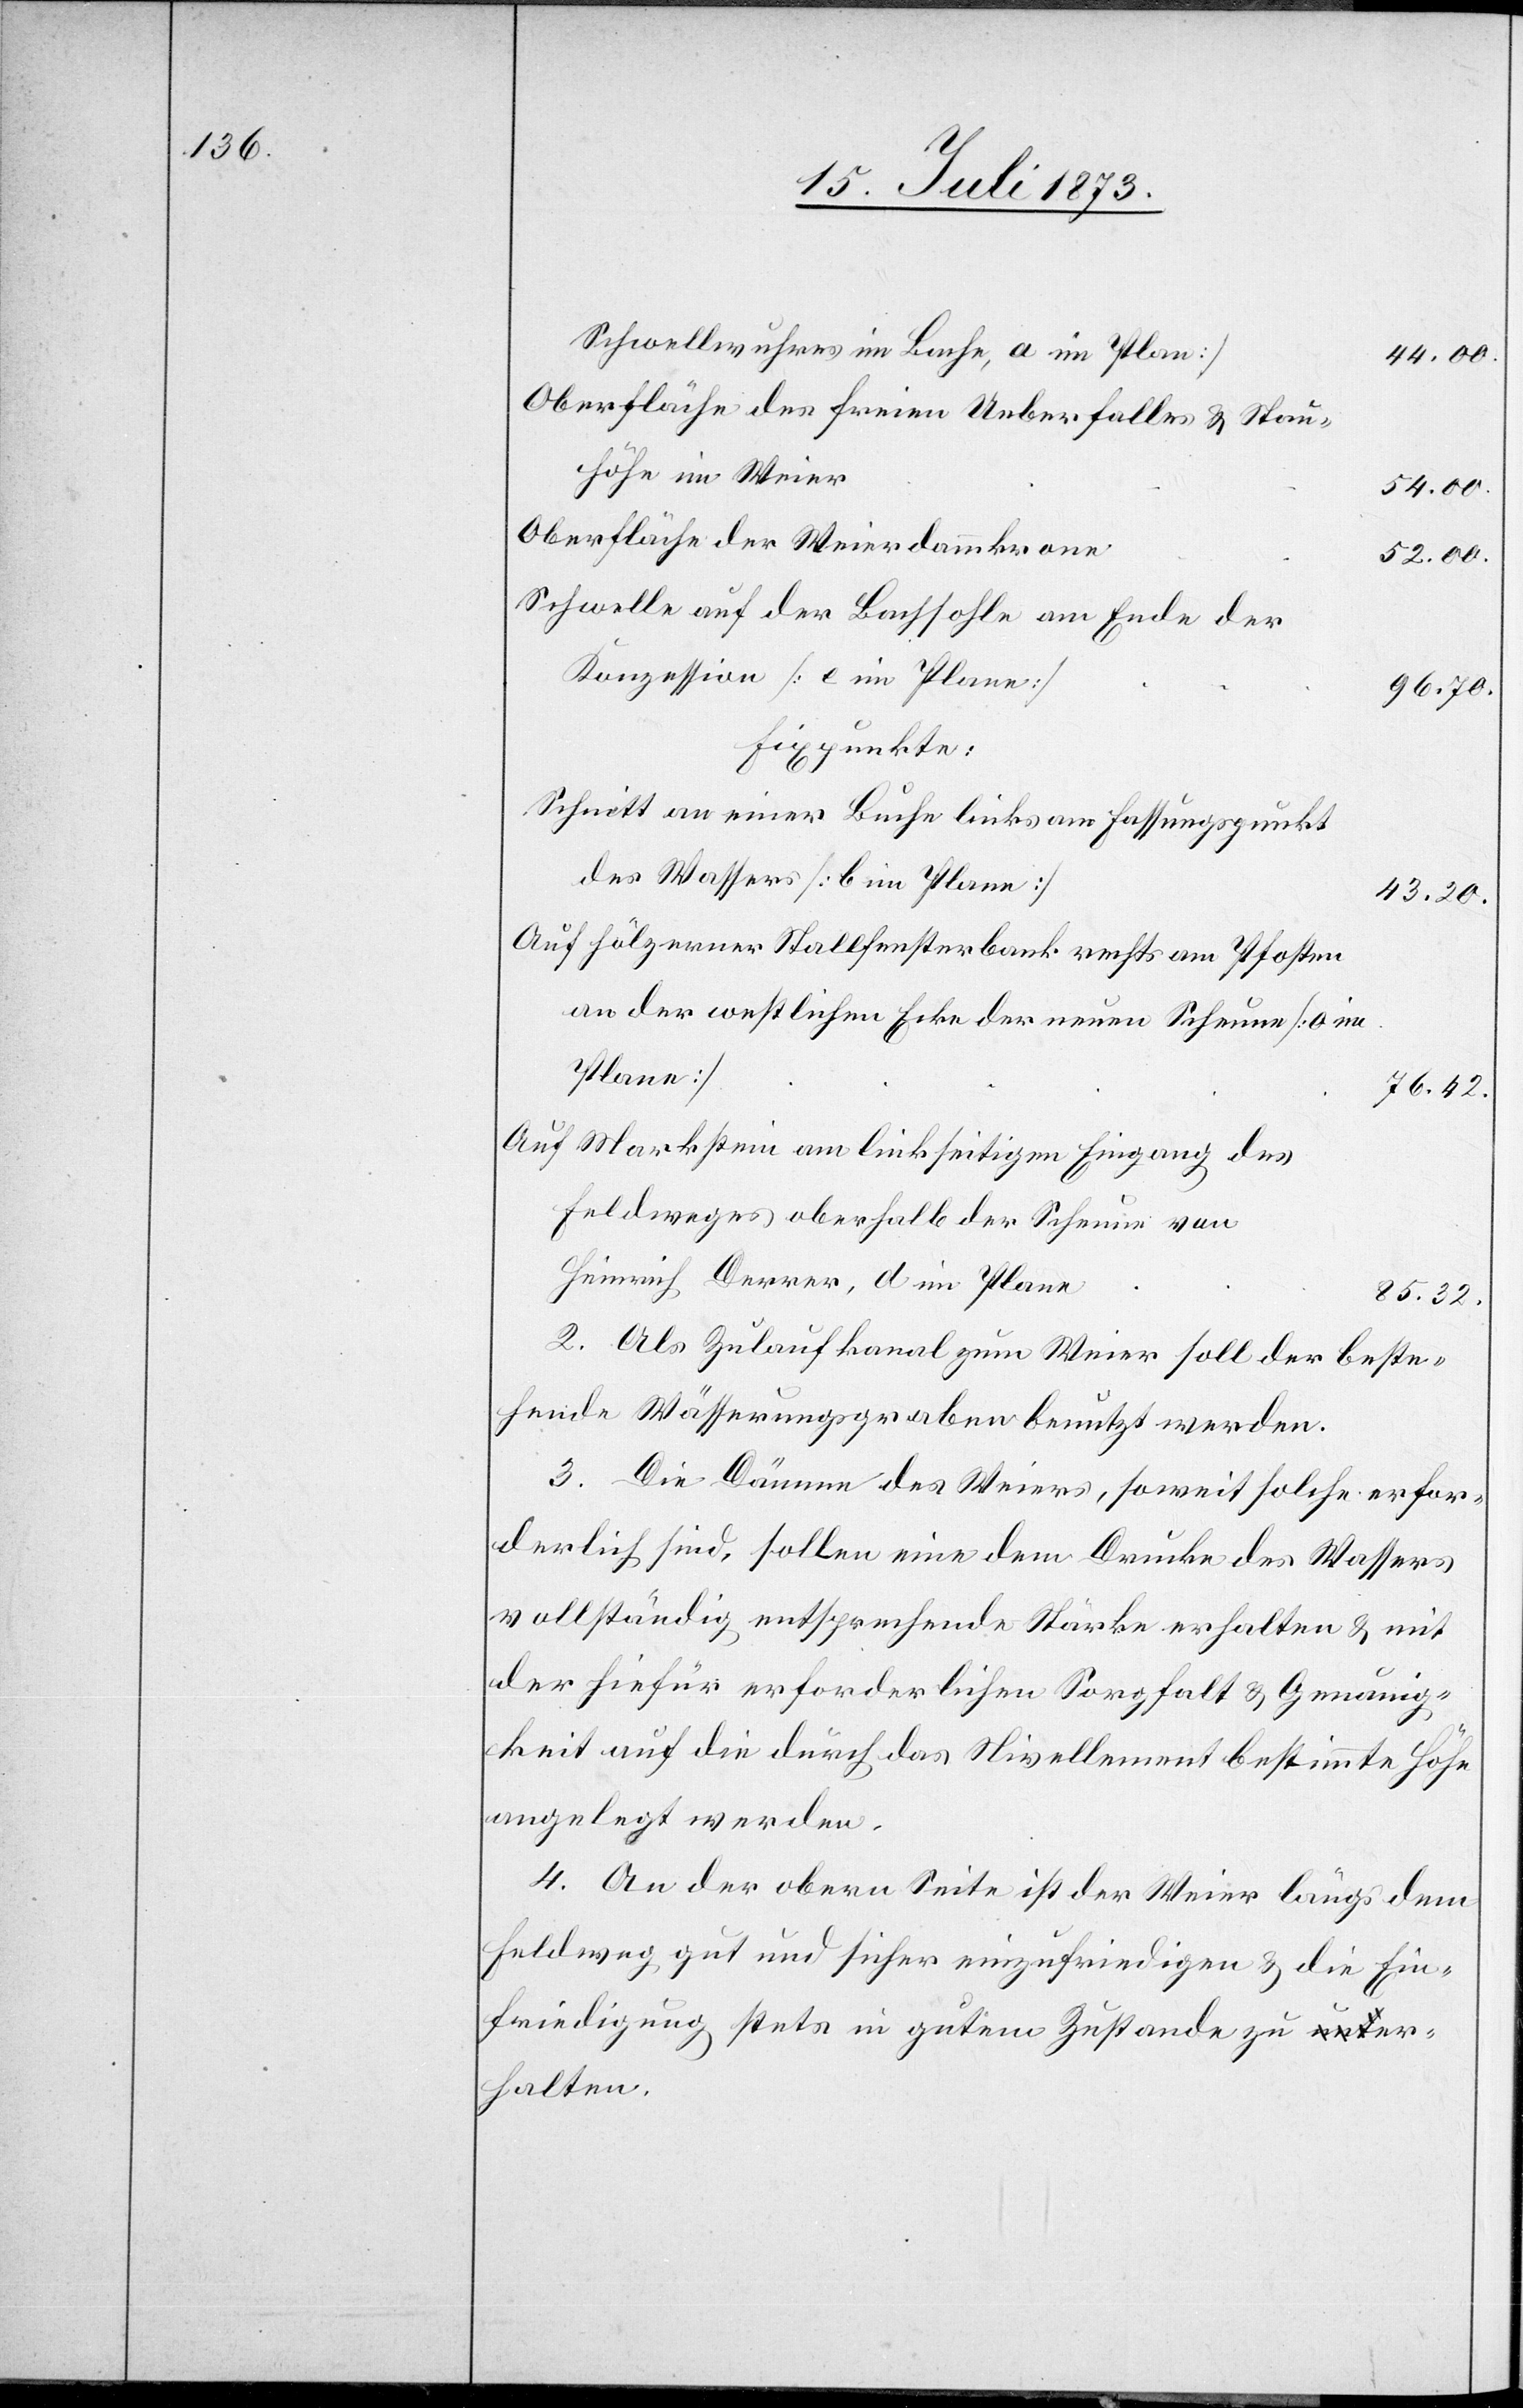
Schwellwuhres im Bache, a im Plan]
44.00
Oberfläche des freien Ueberfalles & Stau¬
höhe im Weier
54.00.
Oberfläche der Weierdammkrone
52.00.
Schwelle auf der Bachsohle am Ende der
Konzession [e im Plane]
96.70.
Fixpunkte:
Schnitt an einer Buche links am Fassungspunkt
des Wassers [b im Plane]
43.20.
Auf hölzerner Stallfensterbank rechts am Pfosten
an der westlichen Ecke der neuen Scheune [o im
Plane]
76.42.
auf Markstein am linkseitigen Eingang des
Feldweges oberhalb der Scheune von
Heinrich Derrer, d im Plane
85.32.
2. Als Zulaufkanal zum Weier soll der beste¬
hende Wässerungsgraben benutzt werden.
3. Die Dämme des Weiers, soweit solche erfor¬
derlich sind, sollen eine dem Drucke des Wassers
vollständig entsprechende Stärke erhalten & mit
der hiefür erforderlichen Sorgfalt & Genauig¬
keit auf die durch das Nivellement bestimmte Höhe
angelegt werden.
4. An der obern Seite ist der Weier längs dem
Feldweg gut und sicher einzufriedigen & die Ein¬
friedigung stets in gutem Zustande zu er¬
halten.